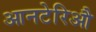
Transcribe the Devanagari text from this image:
आनटेरिऔ